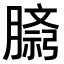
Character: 𫆷